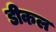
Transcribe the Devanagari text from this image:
डीकल